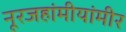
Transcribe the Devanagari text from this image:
नूरजहांमीयांमीर